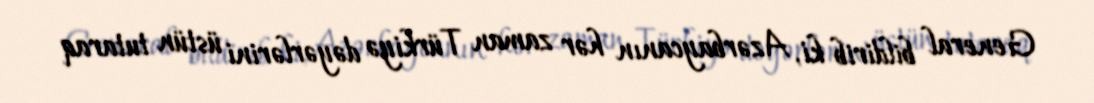
General bildirib ki, Azərbaycanın hər zaman Türkiyə dəyərlərini üstün tutaraq